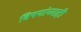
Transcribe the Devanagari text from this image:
विषयांच्याही